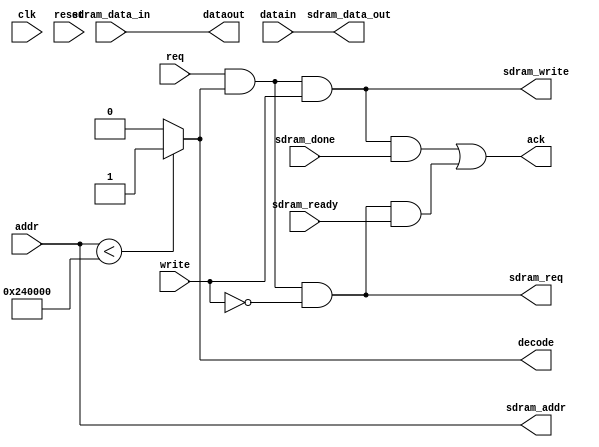
// xbus_ram.v --- interface for ram controller

`timescale 1ns/1ps
`default_nettype none

module xbus_ram (/*AUTOARG*/
   // Outputs
   dataout, ack, decode, sdram_addr, sdram_data_out, sdram_req,
   sdram_write,
   // Inputs
   clk, reset, addr, datain, req, write, sdram_data_in, sdram_ready,
   sdram_done
   );

   input clk;
   input reset;

   input [21:0] addr;
   input [31:0] datain;
   input req;
   input write;
   output [31:0] dataout;
   output ack;
   output decode;

   output [21:0] sdram_addr;
   output [31:0] sdram_data_out;
   input [31:0] sdram_data_in;
   output sdram_req;
   input sdram_ready;
   output sdram_write;
   input sdram_done;

   ////////////////////////////////////////////////////////////////////////////////
  
   // Need some dram address space at the end which is decoded but
   // does not read/write...
   assign decode = addr < 22'o11000000 ? 1'b1: 1'b0;
   
   assign sdram_req = req & decode & ~write;
   assign sdram_write = req & decode & write;
   
`ifdef SIMULATION
   parameter DRAM_SIZE = 131072;
   parameter DRAM_BITS = 17;
   
   reg [31:0] ram[DRAM_SIZE-1:0];
   
   integer i, debug, debug_decode, debug_detail_delay;
   
   initial begin
      debug = 0;
      debug_decode = 0;
      debug_detail_delay = 0;
      for (i = 0; i < DRAM_SIZE; i = i + 1)
	ram[i] = 0;
   end
   
   parameter DELAY = 3;
   
   reg [21:0] reg_addr;
   reg req_delayed;
   reg [DELAY:0] ack_delayed;
   wire local_ack;
   
   assign ack = req_delayed;
   
   assign local_ack = ack_delayed[DELAY];
   
   always @(posedge clk)
     if (reset)
       reg_addr <= 0;
     else if (req & decode & ~|ack_delayed)
       reg_addr <= addr;
   
   wire [DRAM_BITS-1:0] reg_addr20;
   assign reg_addr20 = reg_addr[DRAM_BITS-1:0];
   
   always @(posedge clk)
     if (reset) begin
	req_delayed <= 0;
	ack_delayed <= 0;
     end else begin
	req_delayed <= (sdram_write || sdram_req) & ~|ack_delayed;
	ack_delayed <= { ack_delayed[DELAY-1:0], req_delayed };
     end
   
   always @(posedge clk) begin
      if (req & decode & req_delayed & ~|ack_delayed)
	if (write) begin
	   if (reg_addr < DRAM_SIZE)
	     ram[reg_addr20] <= datain;
	end else begin
	end
   end
   
   assign dataout = reg_addr < DRAM_SIZE ? ram[reg_addr20] : 32'hffffffff;
   
`else
   assign dataout = sdram_data_in;
   assign ack = (sdram_write && sdram_done) || (sdram_req && sdram_ready);
   
   assign sdram_addr = addr;
   assign sdram_data_out = datain;
`endif
   
endmodule

`default_nettype wire

// Local Variables:
// verilog-library-directories: (".")
// End: